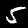
Digit: 5